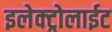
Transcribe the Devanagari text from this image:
इलेक्ट्रोलाईट